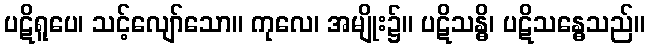
ပဋိရူပေ၊ သင့်လျော်သော။ ကုလေ၊ အမျိုး၌။ ပဋိသန္ဓိ၊ ပဋိသန္ဓေသည်။